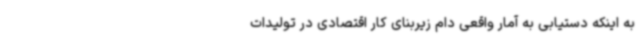
به اینکه دستیابی به آمار واقعی دام زیربنای کار اقتصادی در تولیدات